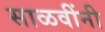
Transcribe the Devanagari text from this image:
साळवींनी